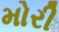
મોરી